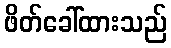
ဖိတ်ခေါ်ထားသည်